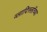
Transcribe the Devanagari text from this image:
व्लादिस्लॉच्या